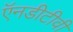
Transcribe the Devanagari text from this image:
ऍनडीटीवी